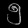
Digit: ၅